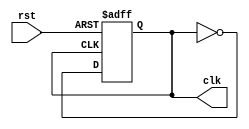
module clock_generator(
    input rst,
    output reg clk
);

always @ (posedge rst or posedge clk)
begin
    if (rst)
        clk <= 1'b0;
    else
        clk <= ~clk;
end

endmodule